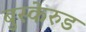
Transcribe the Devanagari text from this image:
बुस्केरुड